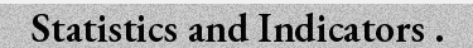
Statistics and Indicators .